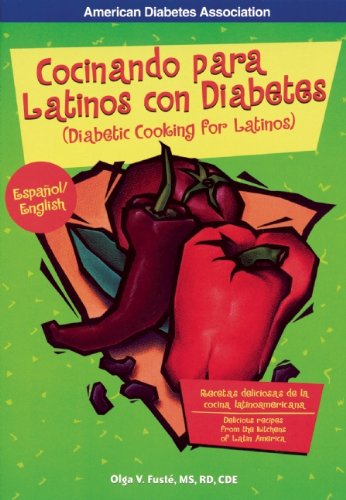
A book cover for Cocinando para Latinos con Diabetes / Diabetic Cooking for Latinos (Spanish Edition); Olga FustÃ© M.S.; Health, Fitness & Dieting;